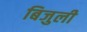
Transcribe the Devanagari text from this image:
बिजुली